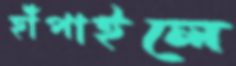
হাঁপাইলে